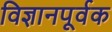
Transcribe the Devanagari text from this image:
विज्ञानपूर्वक